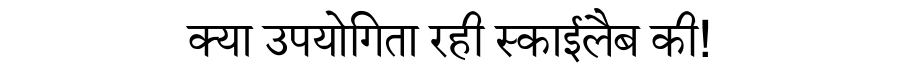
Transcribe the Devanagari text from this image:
क्या उपयोगिता रही स्काईलैब की!